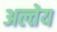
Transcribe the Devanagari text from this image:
अल्तेय